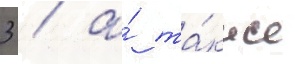
3 / а́ та́кже